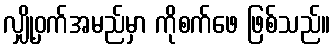
လျှို့ဝှက်အမည်မှာ ကိုစက်ဖေ ဖြစ်သည်။